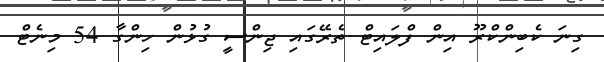
ގިނަ ކެބިންކްރޫ އިން ފްލައިޓް ތެރޭގައި ޖިންސީ ގުޅުން ހިންގާ 54 މިނެޓް